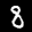
Label: 8